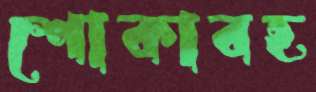
শোকাবহ